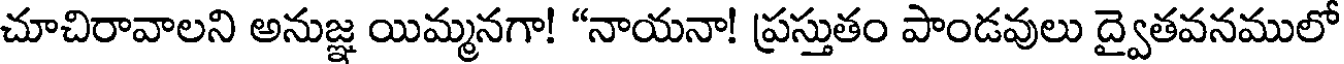
చూచిరావాలని అనుజ్ఞ యిమ్మనగా! "నాయనా! ప్రస్తుతం పాండవులు ద్వైతవనములో